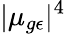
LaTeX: |\mu_{g\epsilon}|^{4}